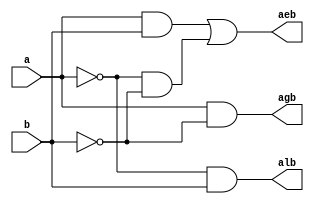
// Dataflow modeling

module com(a,b,alb,agb,aeb);
	input a,b;
	output alb,agb,aeb;
	
	assign alb = ~a&b;
	assign agb = a&~b;  
	assign aeb = a&b|(~a&~b);
endmodule

/*
// Behavioral modeling 

module com(a,b,alb,agb,aeb);
	input a,b;
	output reg alb,agb,aeb;
	
always@(a,b)
	begin
	 alb = ~a&b;
	 agb = a&~b;
	 aeb = a&b|(~a&~b);
	end
endmodule



//Structural / gatelevel modeling

module com(a,b,alb,agb,aeb);
	input a,b;
	output alb,agb,aeb;
	wire inva, invb;
	
	not not_a (inva,a),
	    not_b (invb,b);
	
	and and_alb (alb,inva,b),
	    and_agb (agb,a,invb),
	    and_aeb (aeb,a,b);

endmodule		

*/